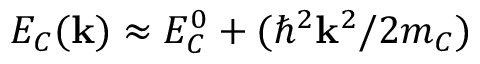
E _ { C } ( { \bf k } ) \approx E _ { C } ^ { 0 } + ( \hbar ^ { 2 } { \bf k } ^ { 2 } / 2 m _ { C } )